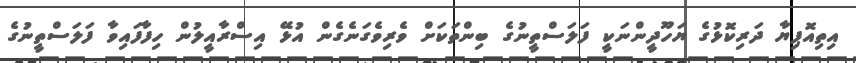
އިތިއޮޕިޔާ ދަރިކޮޅުގެ ޔަހޫދީންނަކީ ފަލަސްތީނުގެ ބިންތަކަށް ވެރިވެގަނެގެން އުޅޭ އިސްރާއީލުން ހިފާފައިވާ ފަލަސްތީނުގެ